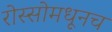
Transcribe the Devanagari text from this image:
रोस्सोमधूनच